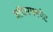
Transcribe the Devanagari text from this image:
वॉशरमनपेट